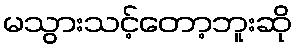
မသွားသင့်တော့ဘူးဆို